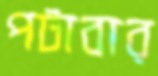
পটাবার